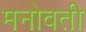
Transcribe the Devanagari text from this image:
मनोवती